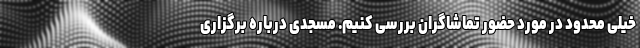
خیلی محدود در مورد حضور تماشاگران بررسی کنیم. مسجدی درباره برگزاری